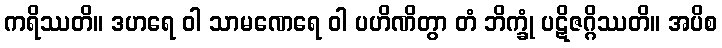
ကရိဿတိ။ ဒဟရေ ဝါ သာမဏေရေ ဝါ ပဟိဏိတွာ တံ ဘိက္ခုံ ပဋိဇဂ္ဂိဿတိ။ အပိစ